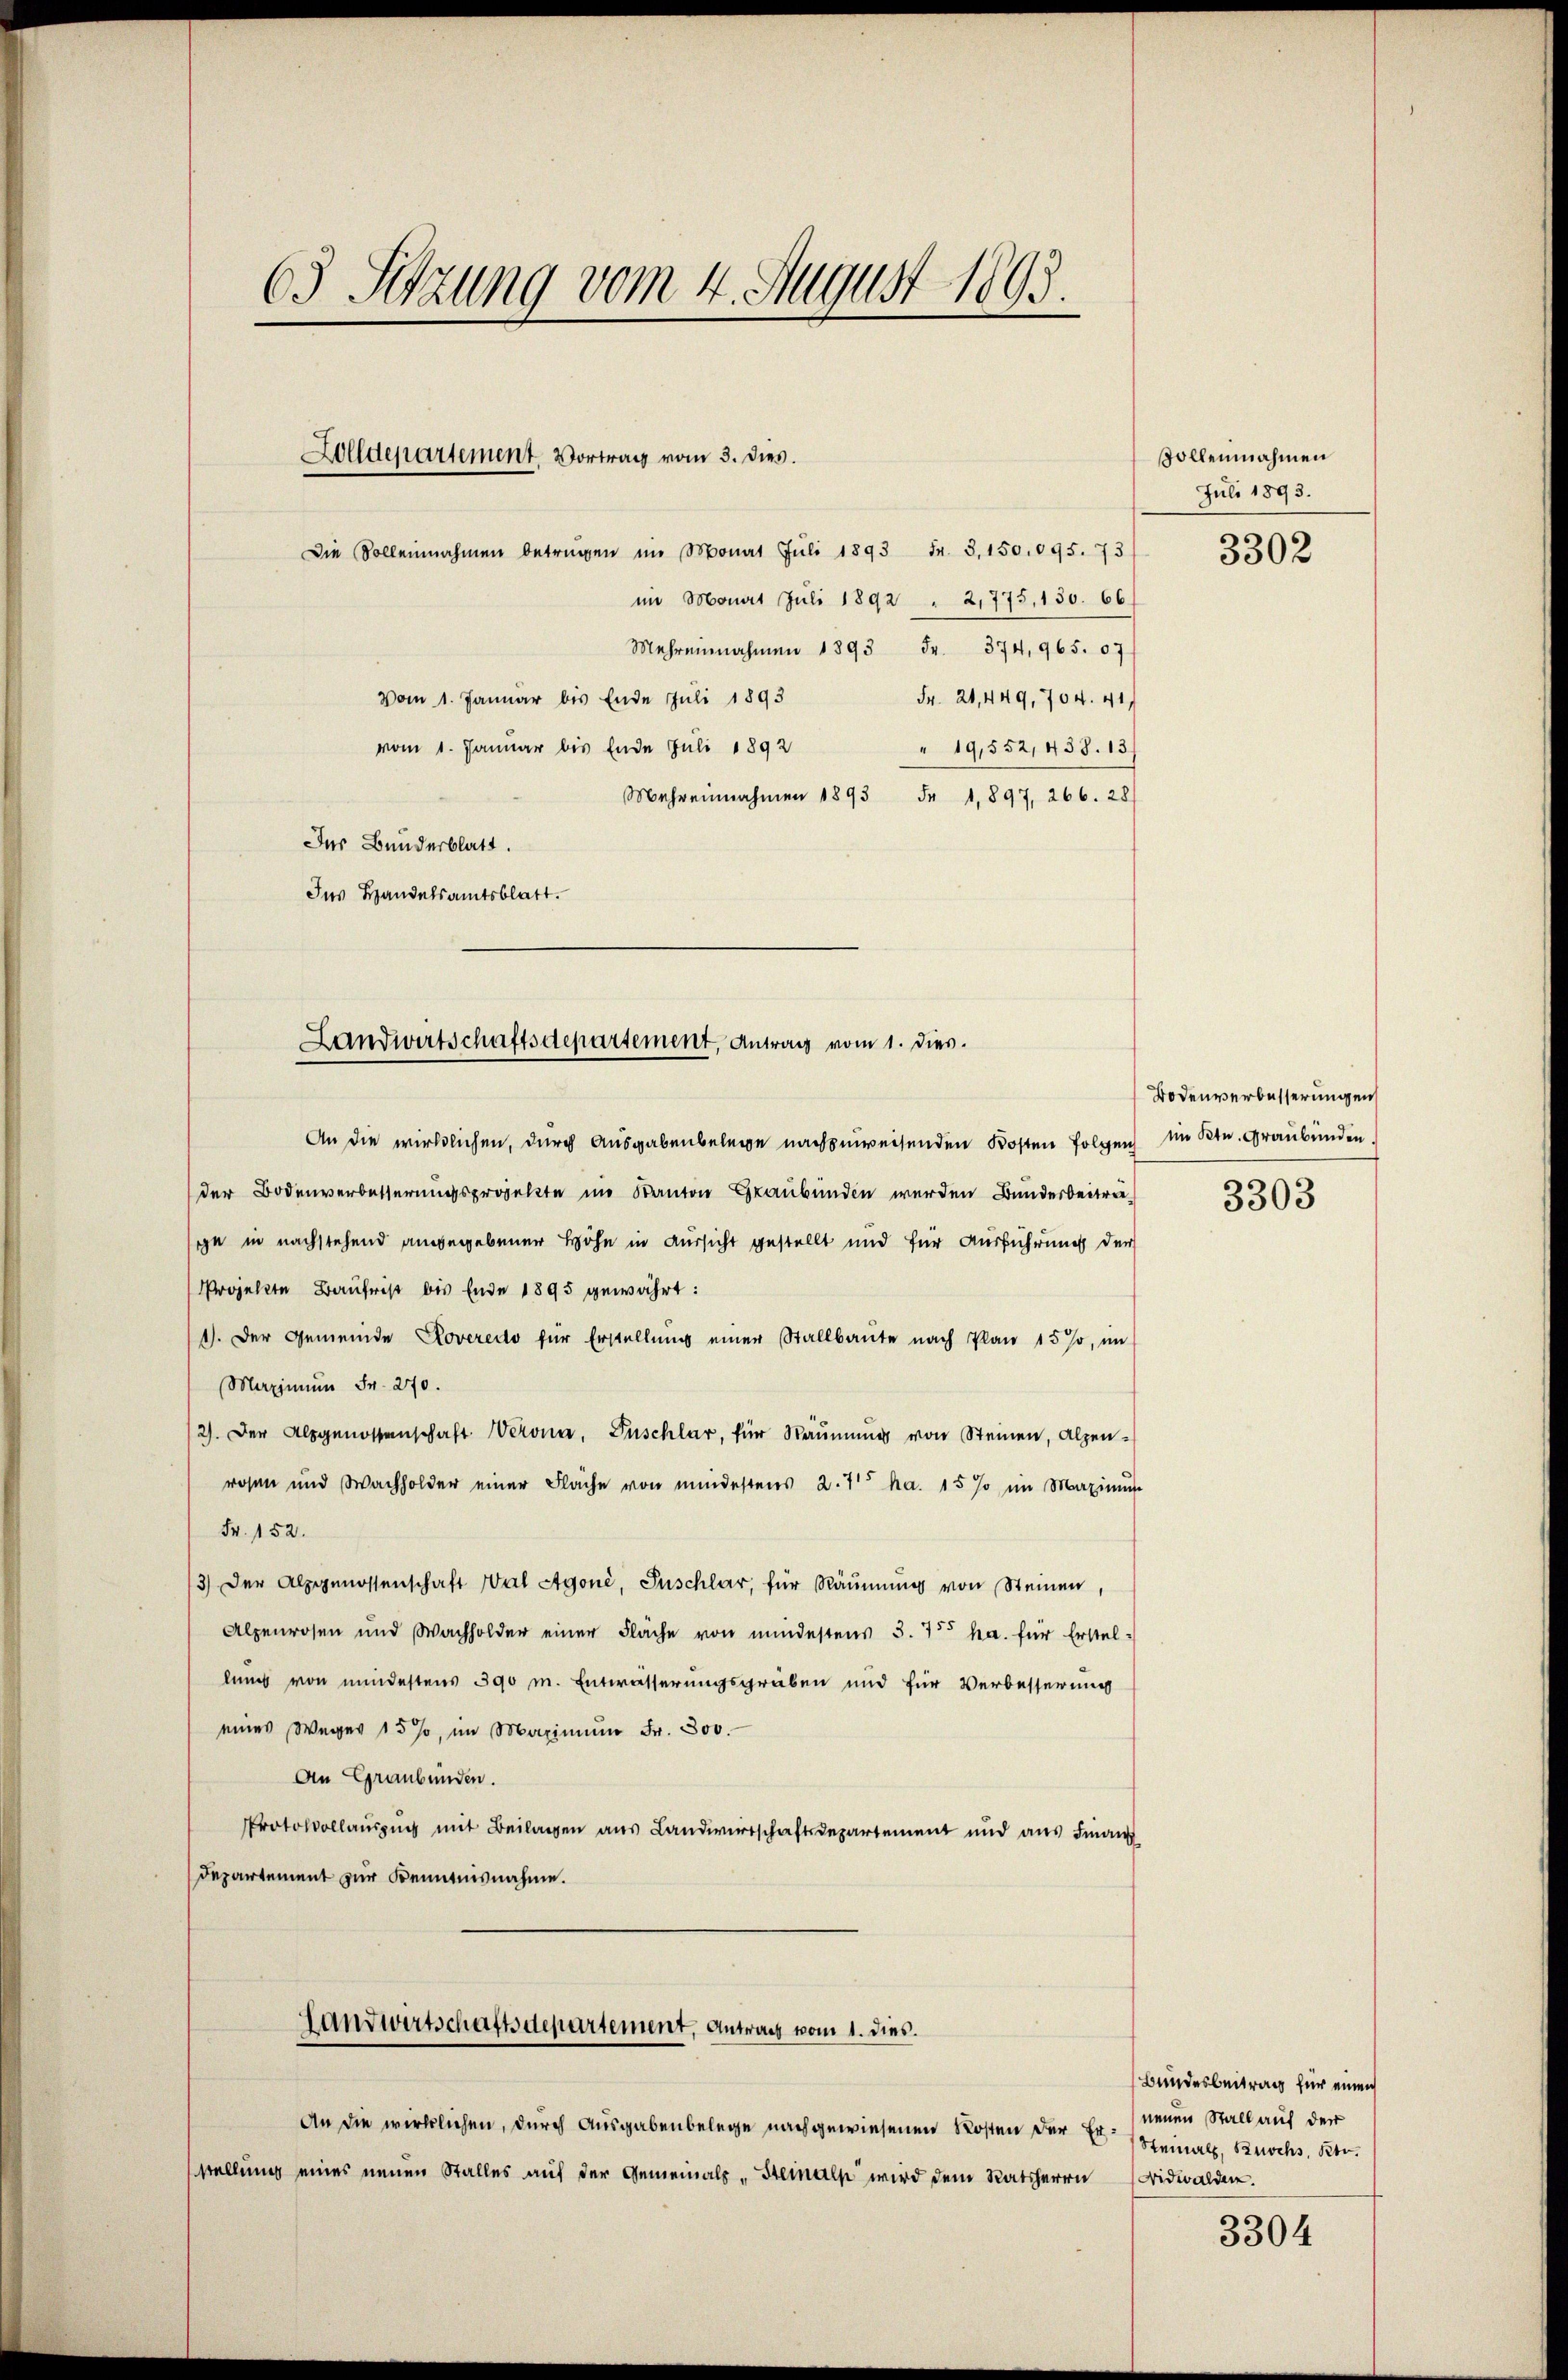
63 Setzung vom 4. August 1893.

Die Sollennahmen betrügen im Monat Juli 1893 Fr. 3, 150,095. 73
im Monat Juli 1892 " 2,775, 150. 66
Mehrenahmen 1893 Fr. 374, 965. 67
Vom 1. Januar bis Ende Juli 1893
Fr. 21, 449, 704. 41
vom 1. Januar bis Ende Juli 1892
" 19,552, 438. 13
Mehreinnahmen 1893 Fr. 1,897, 266. 28
Ins Bunderblatt.
Ins Handelsamtsblatt.

Zolldepartement. Vortrag vom 3. Dies.

Landwirtschaftsdepartement, Antrag vom 1. dies.

An die wirklichen, durch Ausgabenbelege nachzuweisenden Kosten Folgen im Ktn. Graubünden
der Bodenverbesserungsprojekte im Kanton Graubünden werden Bunderbeiträsie in nachstehend angegebener Höhe in Aussicht gestellt und für Ausführung der
Projekte Baufrist bis Ende 1895 gewährt:
1). Der Gemeinde Roveredo für Erstellŭng einer Stallbaŭte nach Plan 15 %, im
Maximum Fr. 270.
2). Der Alpgenossenschaft Werona, Inschlar, für Räŭmŭng von Steinen, Alpen-
rosen und Wachholder einer Fläche von mindestens 2. 71 ha. 15 % im Maximus
Fr. 152.
13) Der Alpgenossenschaft Wal Agoni, Juschlar, für Räumung von Steinen,
Alpenrosen und Wachholder einer Fläche von mindestens 3. 755 ha. für Erstellung von mindestens 390 m. Entwässerungsgraben und für Verbesserung
eines Weger 15 %, im Maximŭm Fr. 300.
An Graubünden.
Protokollaŭszŭg mit Beilagen aŭs Landwirtschaftsdepartement und aŭs Finanz
Departement zur Kenntnisnahme.
Landwirtschaftsdepartement, Antrag vom 1. dies.
An die wirklichen, durch Ausgabenbelege nachgewiesenen Kosten der Er heimals, Buchs, Kts.
stellung eines neuen Stalles auf der Gemeinalp "Gemals wird dem Ratsherrn Nidwalden.

Sollennahmen
Juli 1893.
3302

Bodenverbesserungen

3303

Bundesbeitrag für einen
neuen Stall auf der

3304